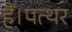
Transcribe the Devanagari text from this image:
हैं।पत्थर